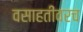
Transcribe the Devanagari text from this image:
वसाहतींवरच